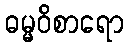
ဓမ္မဝိစာရော